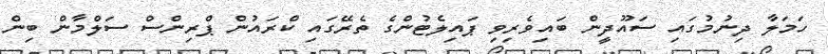
ހަމަލާ ދިނުމުގައި ސައޫދީން ބައިވެރިވި ޕައިލެޓުންގެ ތެރޭގައި ކްރައުން ޕްރިންސް ސަލްމާން ބިން